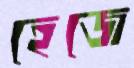
হেজে